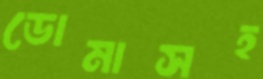
ডোমাসহ